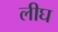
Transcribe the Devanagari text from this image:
लीघ